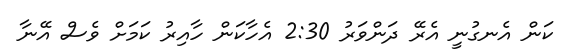
ކަން އެނގުނީ އެރޭ ދަންވަރު 2:30 އެހާކަން ހާއިރު ކަމަށް ވެސް އޭނާ